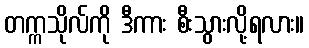
တက္ကသိုလ်ကို ဒီကား စီးသွားလို့ရလား။